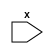
module a(input wire x = 1'b0);\nendmodule